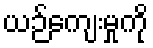
ယဉ်ကျေးမှုကို